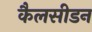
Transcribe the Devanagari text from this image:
कैलसीडन